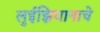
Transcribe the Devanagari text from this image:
लुईझियानाचे